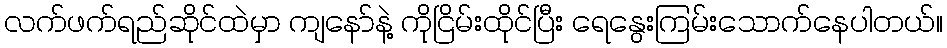
လက်ဖက်ရည်ဆိုင်ထဲမှာ ကျနော်နဲ့ ကိုငြိမ်းထိုင်ပြီး ရေနွေးကြမ်းသောက်နေပါတယ်။